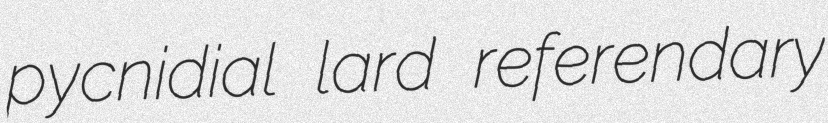
pycnidial lard referendary